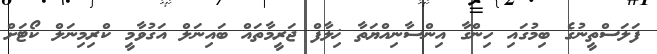
ފަލަސްތީނުގެ ބިމުގައި ހިންގާ އިންސާނިއްޔަތާ ޚިލާފް ޖަރީމާތައް ބައިނަލް އަގުވާމީ ކްރިމިނަލް ކޯޓަށް